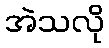
အဲသလို